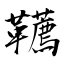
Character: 韉